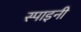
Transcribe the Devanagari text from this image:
स्पाइनी